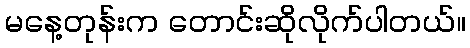
မနေ့တုန်းက တောင်းဆိုလိုက်ပါတယ်။